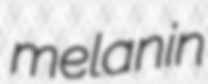
melanin